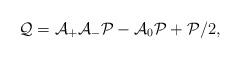
LaTeX: \begin{align*}\mathcal{Q}=\mathcal{A}_{+}\mathcal{A}_{-}\mathcal{P}-\mathcal{A}_0\mathcal{P}+\mathcal{P}/2,\end{align*}